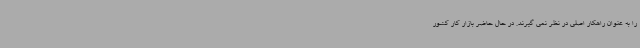
را به عنوان راهکار اصلی در نظر نمی گیرند. در حال حاضر بازار کار کشور